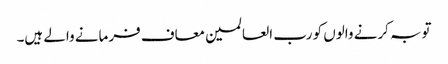
توبہ کرنے والوں کو رب العالمین معاف فرمانے والے ہیں۔